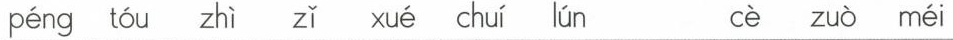
péng tóu zhì zǐ xué chuí lún cè zuò méi